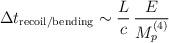
LaTeX: \begin{align*}\Delta t_{\mathrm{recoil/bending}} \sim \frac{L}{c} \,\frac{E}{M_p^{(4)}}\end{align*}